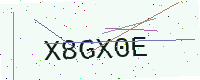
Text: X8GX0E